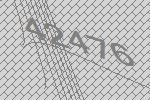
42476